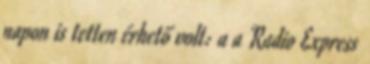
napon is tetten érhető volt: a a Radio Express